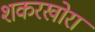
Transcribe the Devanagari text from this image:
शकरखोरा